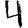
Digit: 4